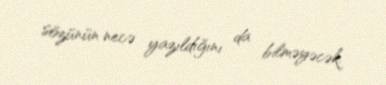
sözünün necə yazıldığını da bilməyəcək.